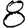
Digit: 8